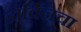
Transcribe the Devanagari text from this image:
डार्विंनचा